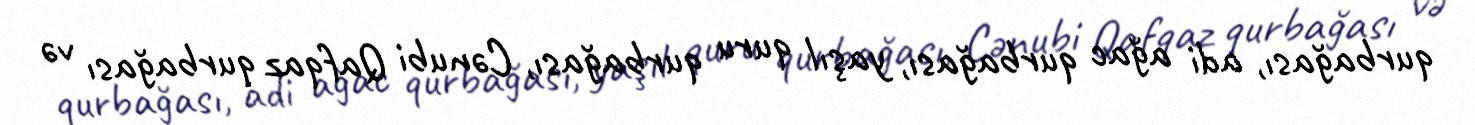
qurbağası, adi ağac qurbağası, yaşıl quru qurbağası, Cənubi Qafqaz qurbağası və